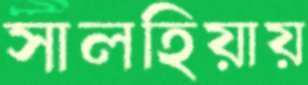
সালহিয়ায়